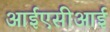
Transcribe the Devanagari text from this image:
आईएसीआई